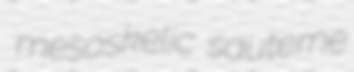
mesoskelic sauterne